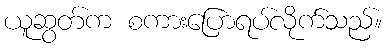
ယူဆွတ်က စကားပြောရပ်လိုက်သည်။